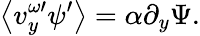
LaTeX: \left\langle v_{y}^{\omega\prime}\psi^{\prime}\right\rangle=\alpha\partial_{y}\Psi.